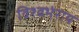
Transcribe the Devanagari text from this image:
विश्वभंराय